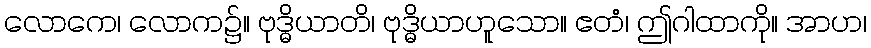
လောကေ၊ လောက၌။ ဗုဒ္ဓိယာတိ၊ ဗုဒ္ဓိယာဟူသော။ ဧတံ၊ ဤဂါထာကို။ အာဟ၊